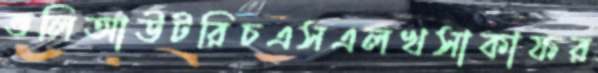
ভলিআউটরিচএসএলখসাকাফর